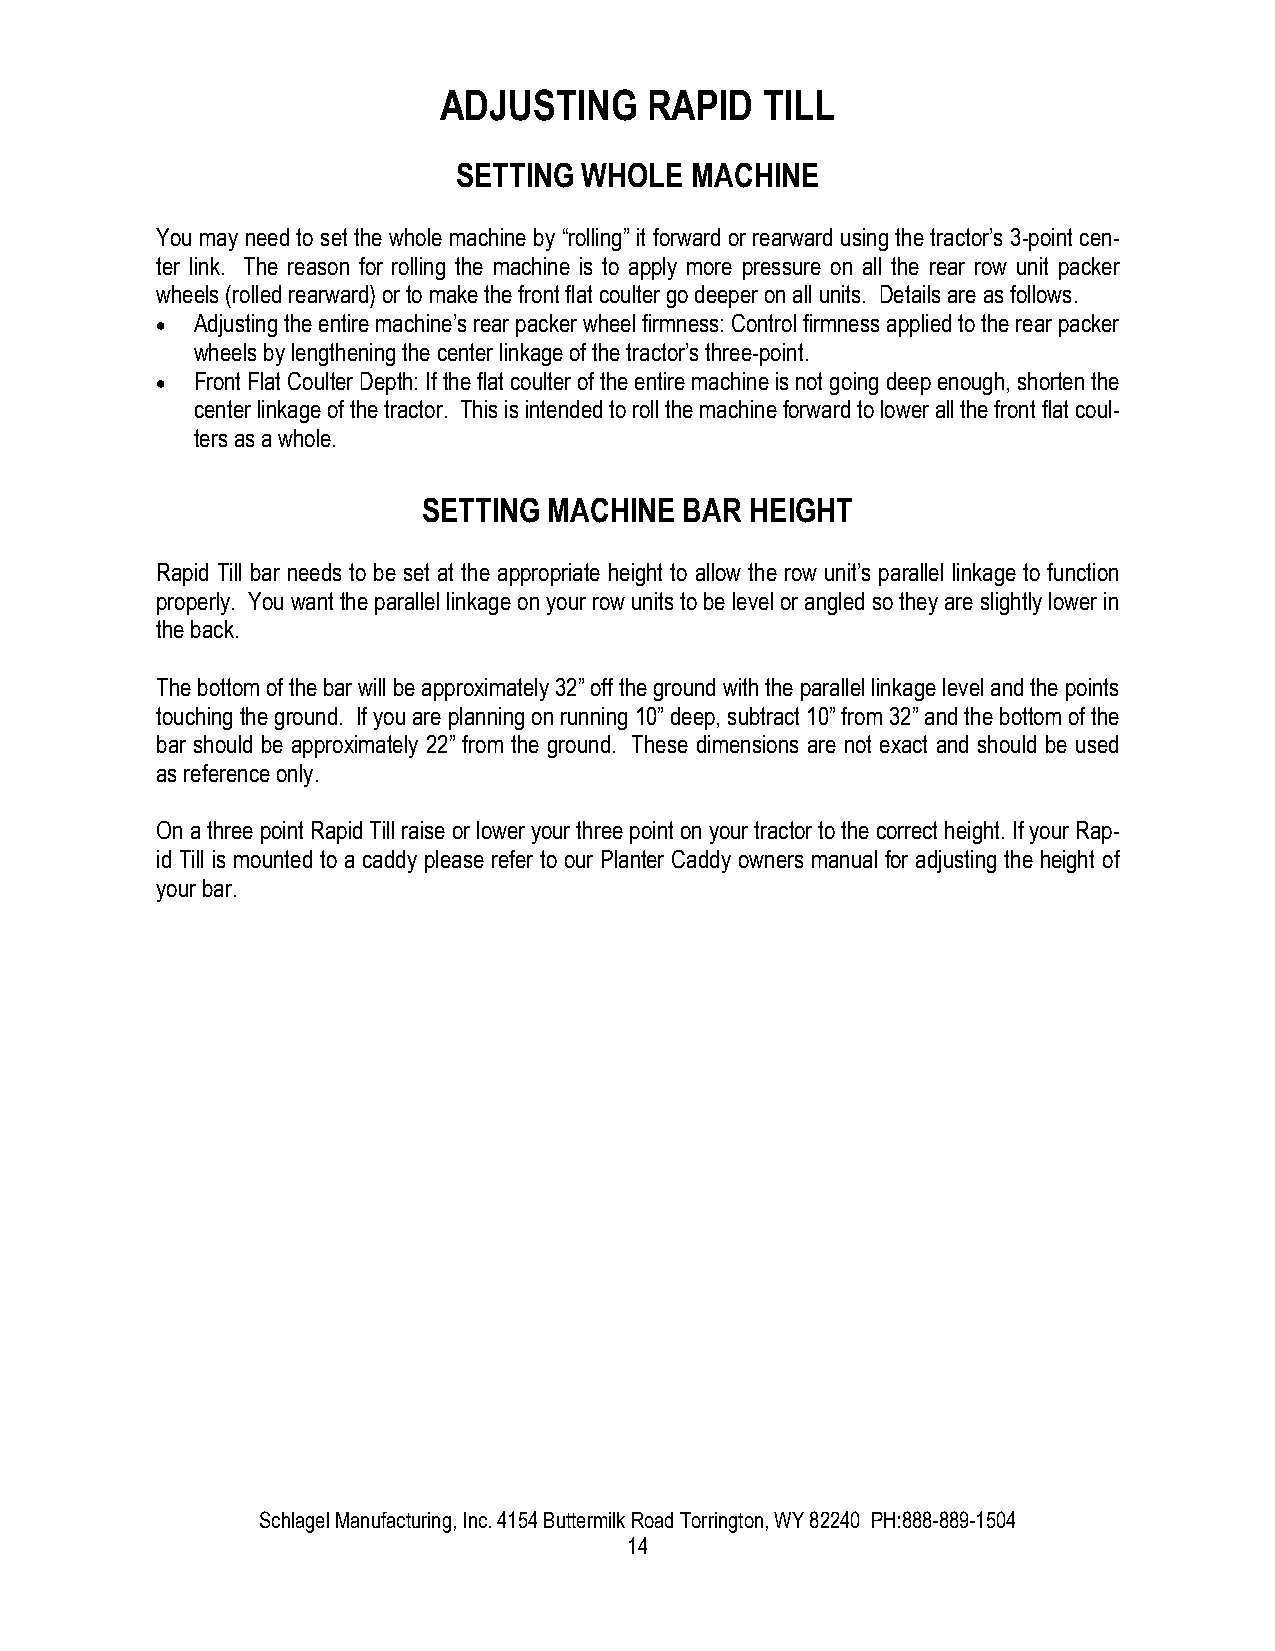
ADJUSTING     RAPID   TILL
 SETTING  WHOLE  MACHINE
 You may need to set the whole machine by “rolling” it forward or rearward using the tractor’s 3-point cen-
 ter link. The reason for rolling the machine is to apply more pressure on all the rear row unit packer
 wheels (rolled rearward) or to make the front flat coulter go deeper on all units. Details are as follows.
 ·  Adjusting the entire machine’s rear packer wheel firmness: Control firmness applied to the rear packer
 wheels by lengthening the center linkage of the tractor’s three-point.
 ·  Front Flat Coulter Depth: If the flat coulter of the entire machine is not going deep enough, shorten the
 center linkage of the tractor. This is intended to roll the machine forward to lower all the front flat coul-
 ters as a whole.
 SETTING MACHINE  BAR  HEIGHT
 Rapid Till bar needs to be set at the appropriate height to allow the row unit’s parallel linkage to function
 properly. You want the parallel linkage on your row units to be level or angled so they are slightly lower in
 the back.
 The bottom of the bar will be approximately 32” off the ground with the parallel linkage level and the points
 touching the ground. If you are planning on running 10” deep, subtract 10” from 32” and the bottom of the
 bar should be approximately 22” from the ground. These dimensions are not exact and should be used
 as reference only.
 On a three point Rapid Till raise or lower your three point on your tractor to the correct height. If your Rap-
 id Till is mounted to a caddy please refer to our Planter Caddy owners manual for adjusting the height of
 your bar.
 Schlagel Manufacturing, Inc. 4154 Buttermilk Road Torrington, WY 82240 PH:888-889-1504
 14